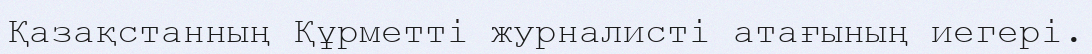
Қазақстанның Құрметті журналисті атағының иегері.